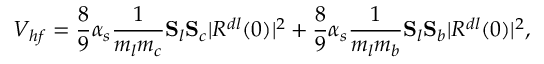
V _ { h f } = \frac { 8 } { 9 } \alpha _ { s } \frac { 1 } { m _ { l } m _ { c } } { \bf S } _ { l } { \bf S } _ { c } | R ^ { d l } ( 0 ) | ^ { 2 } + \frac { 8 } { 9 } \alpha _ { s } \frac { 1 } { m _ { l } m _ { b } } { \bf S } _ { l } { \bf S } _ { b } | R ^ { d l } ( 0 ) | ^ { 2 } ,